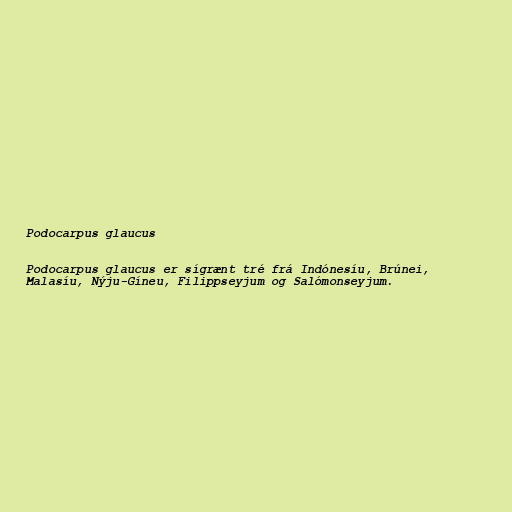
Podocarpus glaucus

Podocarpus glaucus er sígrænt tré frá Indónesíu, Brúnei,
Malasíu, Nýju-Gíneu, Filippseyjum og Salómonseyjum.